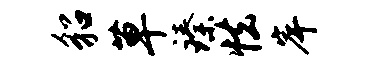
貂草臻怯岸